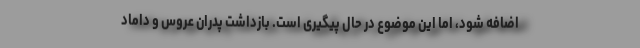
اضافه شود، اما این موضوع در حال پیگیری است. بازداشت پدران عروس و داماد